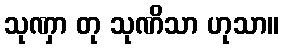
သုဏှာ တု သုဏိသာ ဟုသာ။